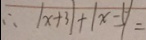
\therefore \vert x + 3 \vert + \vert x - 5 \vert =